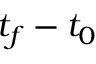
t _ { f } - t _ { 0 }